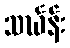
သင်္ဃန်း